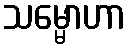
သမ္မောဟာ